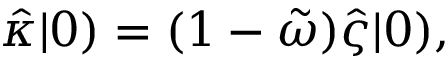
\hat { \kappa } | 0 ) = ( 1 - \tilde { \omega } ) \hat { \varsigma } | 0 ) ,